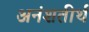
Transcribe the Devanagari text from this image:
अनंशतीर्थ